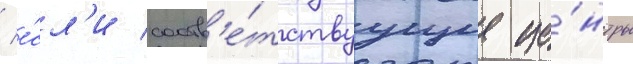
/ е́сл'и соотв'е́тствуущие це́нтры